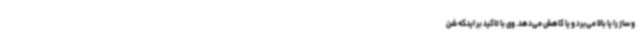
و ساز را یا بالا می‌برد و یا کاهش می‌دهد. وی با تاکید بر اینکه شن